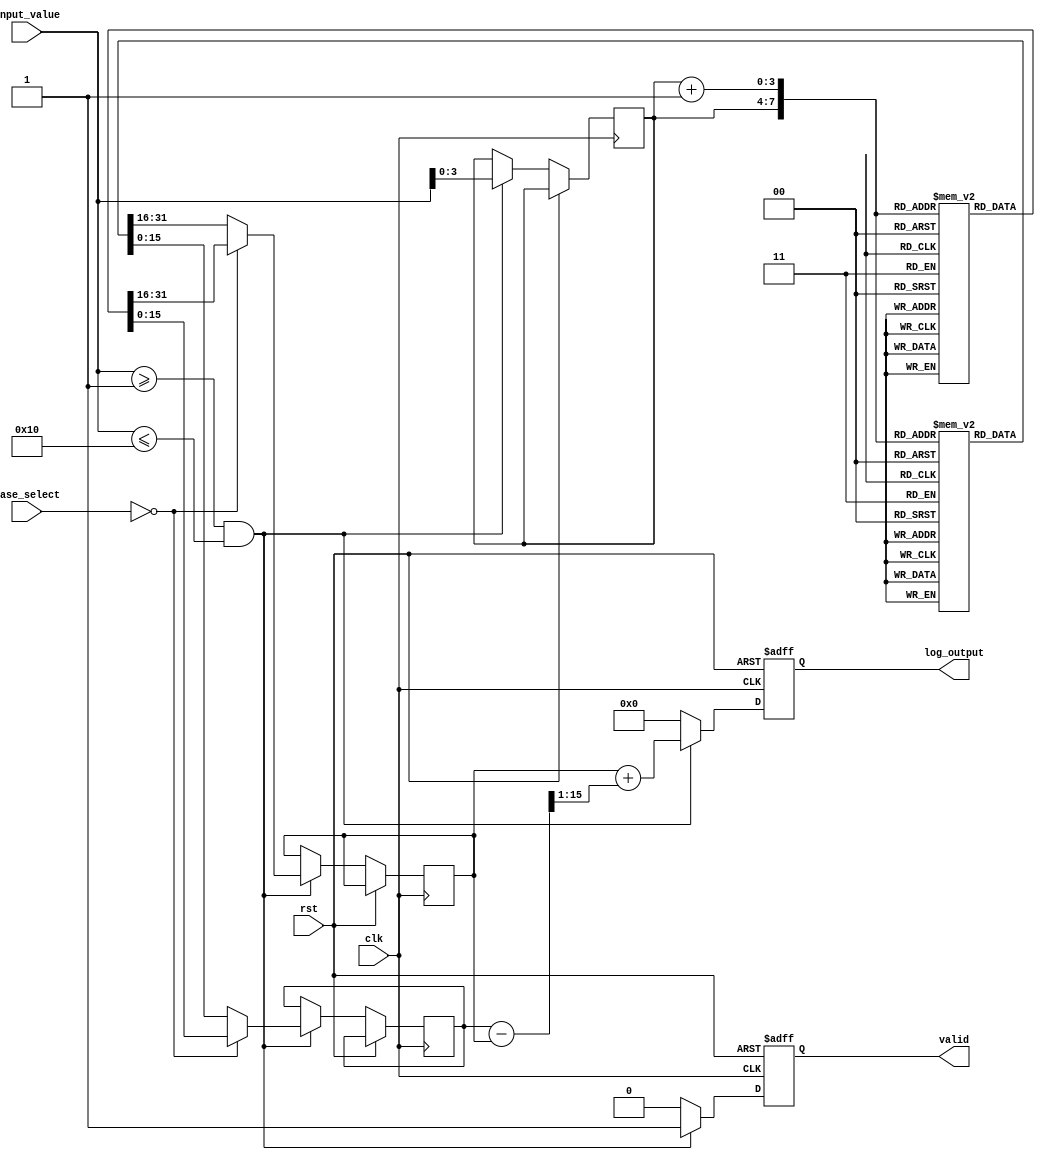
module LogarithmicFunctionGenerator (
    input clk,
    input rst,
    input [15:0] input_value, // 16-bit input value (positive real number)
    input [1:0] base_select,   // Base selection: 00 for base 2, 01 for base 10
    output reg [15:0] log_output, // 16-bit output for logarithm result
    output reg valid           // Output valid signal
);

// LUT for base 2 logarithm (example values for 1 to 16)
reg [15:0] lut_base2 [0:15];
initial begin
    lut_base2[0] = 0;   // log2(1)
    lut_base2[1] = 1;   // log2(2)
    lut_base2[2] = 2;   // log2(4)
    lut_base2[3] = 3;   // log2(8)
    lut_base2[4] = 4;   // log2(16)
    lut_base2[5] = 5;   // log2(32)
    lut_base2[6] = 6;   // log2(64)
    lut_base2[7] = 7;   // log2(128)
    lut_base2[8] = 8;   // log2(256)
    lut_base2[9] = 9;   // log2(512)
    lut_base2[10] = 10; // log2(1024)
    lut_base2[11] = 11; // log2(2048)
    lut_base2[12] = 12; // log2(4096)
    lut_base2[13] = 13; // log2(8192)
    lut_base2[14] = 14; // log2(16384)
    lut_base2[15] = 15; // log2(32768)
end

// LUT for base 10 logarithm (example values for 1 to 16)
reg [15:0] lut_base10 [0:15];
initial begin
    lut_base10[0] = 0;   // log10(1)
    lut_base10[1] = 1;   // log10(10)
    lut_base10[2] = 2;   // log10(100)
    lut_base10[3] = 3;   // log10(1000)
    lut_base10[4] = 4;   // log10(10000)
    lut_base10[5] = 5;   // log10(100000)
    lut_base10[6] = 6;   // log10(1000000)
    lut_base10[7] = 7;   // log10(10000000)
    lut_base10[8] = 8;   // log10(100000000)
    lut_base10[9] = 9;   // log10(1000000000)
    lut_base10[10] = 10; // log10(10000000000)
    lut_base10[11] = 11; // log10(100000000000)
    lut_base10[12] = 12; // log10(1000000000000)
    lut_base10[13] = 13; // log10(10000000000000)
    lut_base10[14] = 14; // log10(100000000000000)
    lut_base10[15] = 15; // log10(1000000000000000)
end

reg [3:0] index; // Index for LUT
reg [15:0] lut_value; // LUT value
reg [15:0] next_value; // Next LUT value for interpolation

always @(posedge clk or posedge rst) begin
    if (rst) begin
        log_output <= 0;
        valid <= 0;
    end else begin
        // Determine index based on input value (scaled down for LUT range)
        if (input_value >= 1 && input_value <= 16) begin
            index <= input_value[3:0]; // Take lower 4 bits as index
            lut_value <= (base_select == 2'b00) ? lut_base2[index] : lut_base10[index];
            next_value <= (base_select == 2'b00) ? lut_base2[index + 1] : lut_base10[index + 1];
            
            // Interpolation logic
            log_output <= lut_value + ((next_value - lut_value) >> 1); // Simple linear interpolation
            valid <= 1; // Indicate output is valid
        end else begin
            log_output <= 0; // Out of range
            valid <= 0; // Indicate output is not valid
        end
    end
end

endmodule